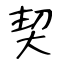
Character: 契